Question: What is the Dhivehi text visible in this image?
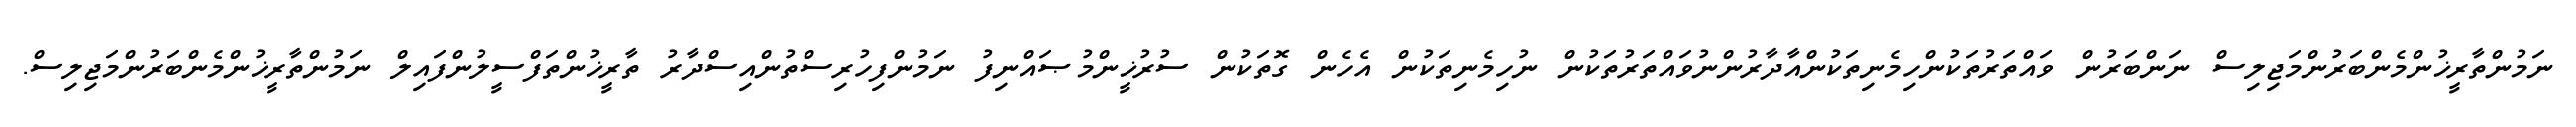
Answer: ނަމުންތާރީޚުންމެންބަރުންމަޖިލިސް ނަންބަރުން ވައްތަރުތަކުންހިމެނިތަކުންއާދާރުންނުވައްތަރުތަކުން ނުހިމެނިތަކުން އެހެން ގޮތަކުން ސުރުޚީންމުޞައްނިފު ނަމުންފިހުރިސްތުންއިސްދާރު ތާރީޚުންތަފްސީލުންފައިލް ނަމުންތާރީޚުންމެންބަރުންމަޖިލިސް.